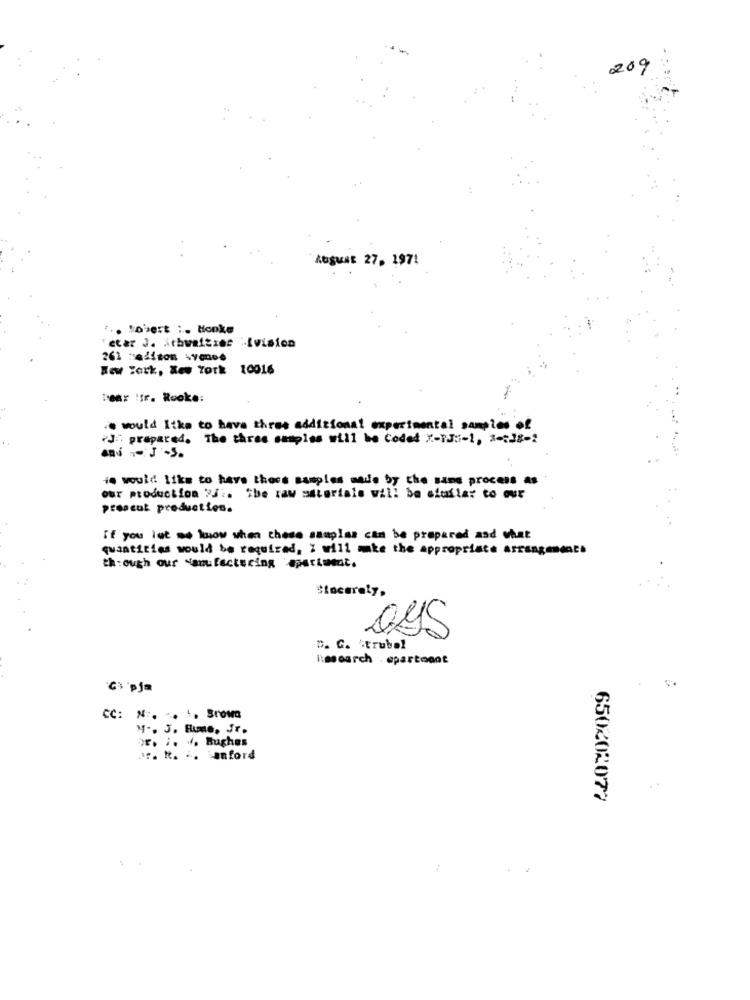
209
August 27, 1971
... Sobert :. Honka
'etar J. ithwaities .Ivision
New York, New York 10016
Dear :fr. Rooke:
ie would Itka to have three additional experimental samples of
"J" prepared. The three samples will be Coded X-PJ :- 1, 1 =; J8-2
He would like to have there samples made by the same process as
our production ?Si. the raw materials will be efuilar to our
proacut production.
if you let me know when there samples can be prepared and what
quantities would be required, 7 will make the appropriate arrangement
through our Manufacturing apartment.
Sincerely,
0ys
D. C. Strubel
limoarch . epartodot
C. pja
CC: N :. .. .. Srowa
" -. J. Hume, Jr.
F. i. .. Bughes
1. tt. .. Sanford
650202077